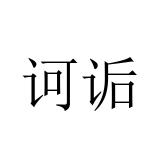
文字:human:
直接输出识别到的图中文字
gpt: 诃诟